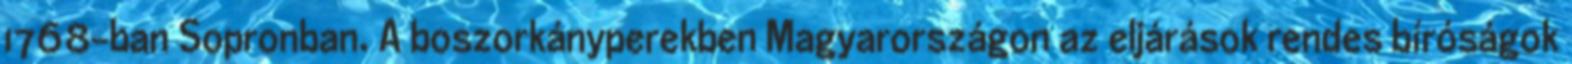
1768-ban Sopronban. A boszorkányperekben Magyarországon az eljárások rendes bíróságok